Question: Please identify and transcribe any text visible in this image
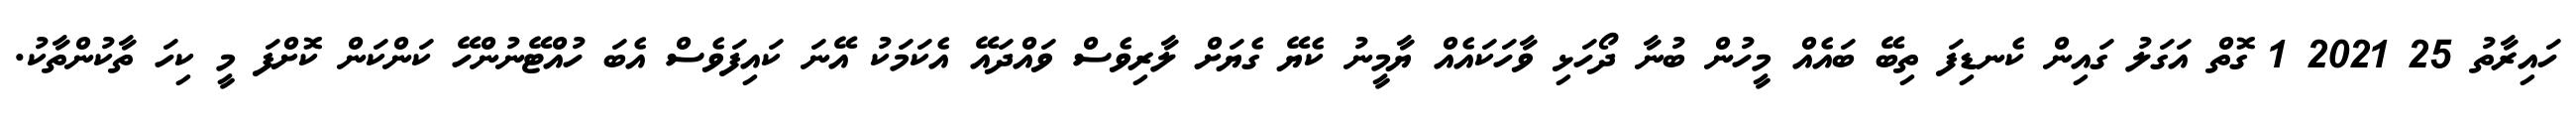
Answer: ހައިރާތު 25 2021 1 ގޮތް އަގަލު ގައިން ކެނޑިފަ ތިބޭ ބައެއް މީހުން ބުނާ ދޯހަޅި ވާހަކައެއް ޔާމީނު ކެޔޭ ގެޔަށް ލާރިވެސް ވައްދައޭ އެކަމަކު އޭނަ ކައިފަވެސް އެބަ ހުއްޓޭނުންހޭ ކަންކަން ކޮށްފަ މީ ކިހަ ތާކުންތާކު.